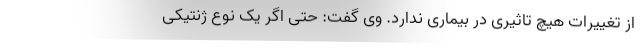
از تغییرات هیچ تاثیری در بیماری ندارد. وی گفت: حتی اگر یک نوع ژنتیکی